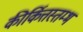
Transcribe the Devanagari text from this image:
कीर्कित्तस्तम्भ